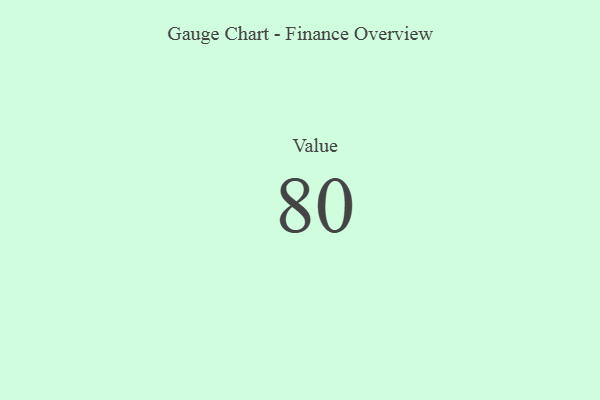
{"axis": {"x": "Metric", "y": "Value"}, "legend": [""], "data": [{"x": "Value", "y": 80, "type": ""}]}